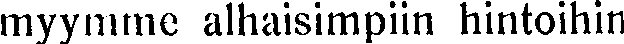
myymme alhaisimpiin hintoihin